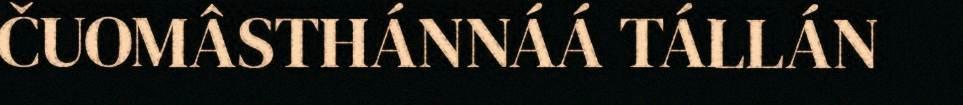
ČUOMÂSTHÁNNÁÁ TÁLLÁN